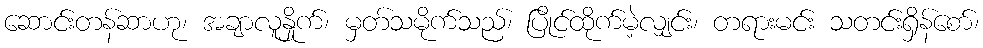
ဆောင်းတန်ဆာဟု၊ အချာလူနှိုက်၊ မှတ်သမိုက်သည်၊ ပြိုင်ထိုက်မဲ့လျှင်း၊ တရားမင်း သတင်းရှိန်စော်၊